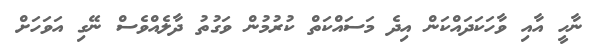
ނާހީ އާއި ވާހަކަދައްކަން އިދެ މަސައްކަތް ކުރުމުން ވަގުތު ދާލެއްވެސް ނޭގި އަވަހަށް